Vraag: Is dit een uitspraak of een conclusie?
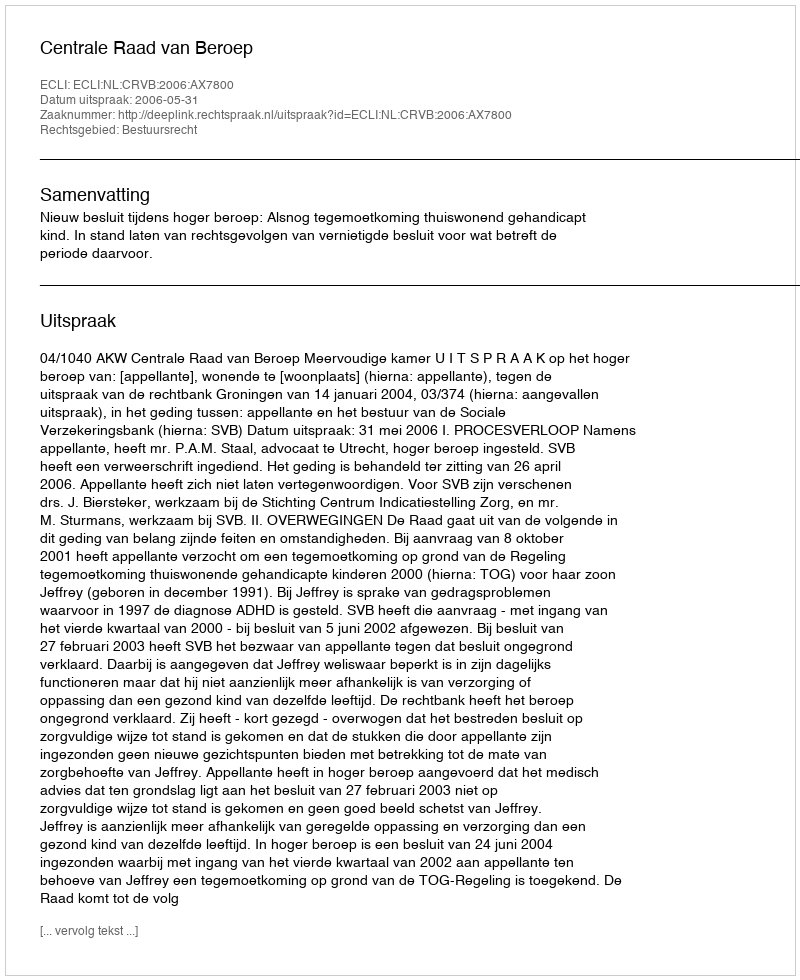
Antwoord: Uitspraak